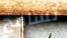
تسامح